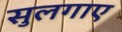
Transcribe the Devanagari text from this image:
सुलगाए